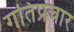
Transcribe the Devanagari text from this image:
गतिप्रचार